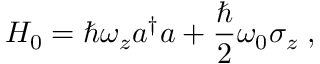
H _ { 0 } = \hbar \omega _ { z } a ^ { \dagger } a + \frac { \hbar } { 2 } \omega _ { 0 } \sigma _ { z } \; ,